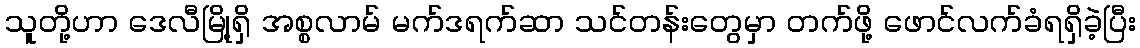
သူတို့ဟာ ဒေလီမြို့ရှိ အစ္စလာမ် မက်ဒရက်ဆာ သင်တန်းတွေမှာ တက်ဖို့ ဖောင်လက်ခံရရှိခဲ့ပြီး